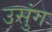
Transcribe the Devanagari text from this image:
उसुंग